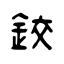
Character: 鉸